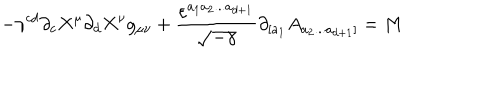
- \gamma ^ { c d } \partial _ { c } X ^ { \mu } \partial _ { d } X ^ { \nu } g _ { \mu \nu } + \frac { \varepsilon ^ { a _ { 1 } a _ { 2 } . . . a _ { d + 1 } } } { \sqrt { - \gamma } } \partial _ { [ a _ { 1 } } A _ { a _ { 2 } . . . a _ { d + 1 } ] } = M